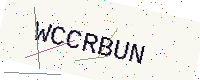
Text: WCCRBUN